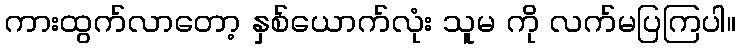
ကားထွက်လာတော့ နှစ်ယောက်လုံး သူမ ကို လက်မပြကြပါ။